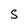
Character: S